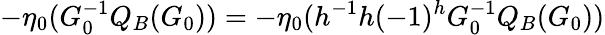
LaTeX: -\eta_{0}(G_{0}^{-1}Q_{B}(G_{0}))=-\eta_{0}(h^{-1}h(-1)^{h}G_{0}^{-1}Q_{B}(G_{0}))